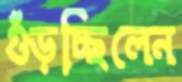
গুঁড়চ্ছিলেন